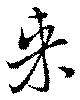
来